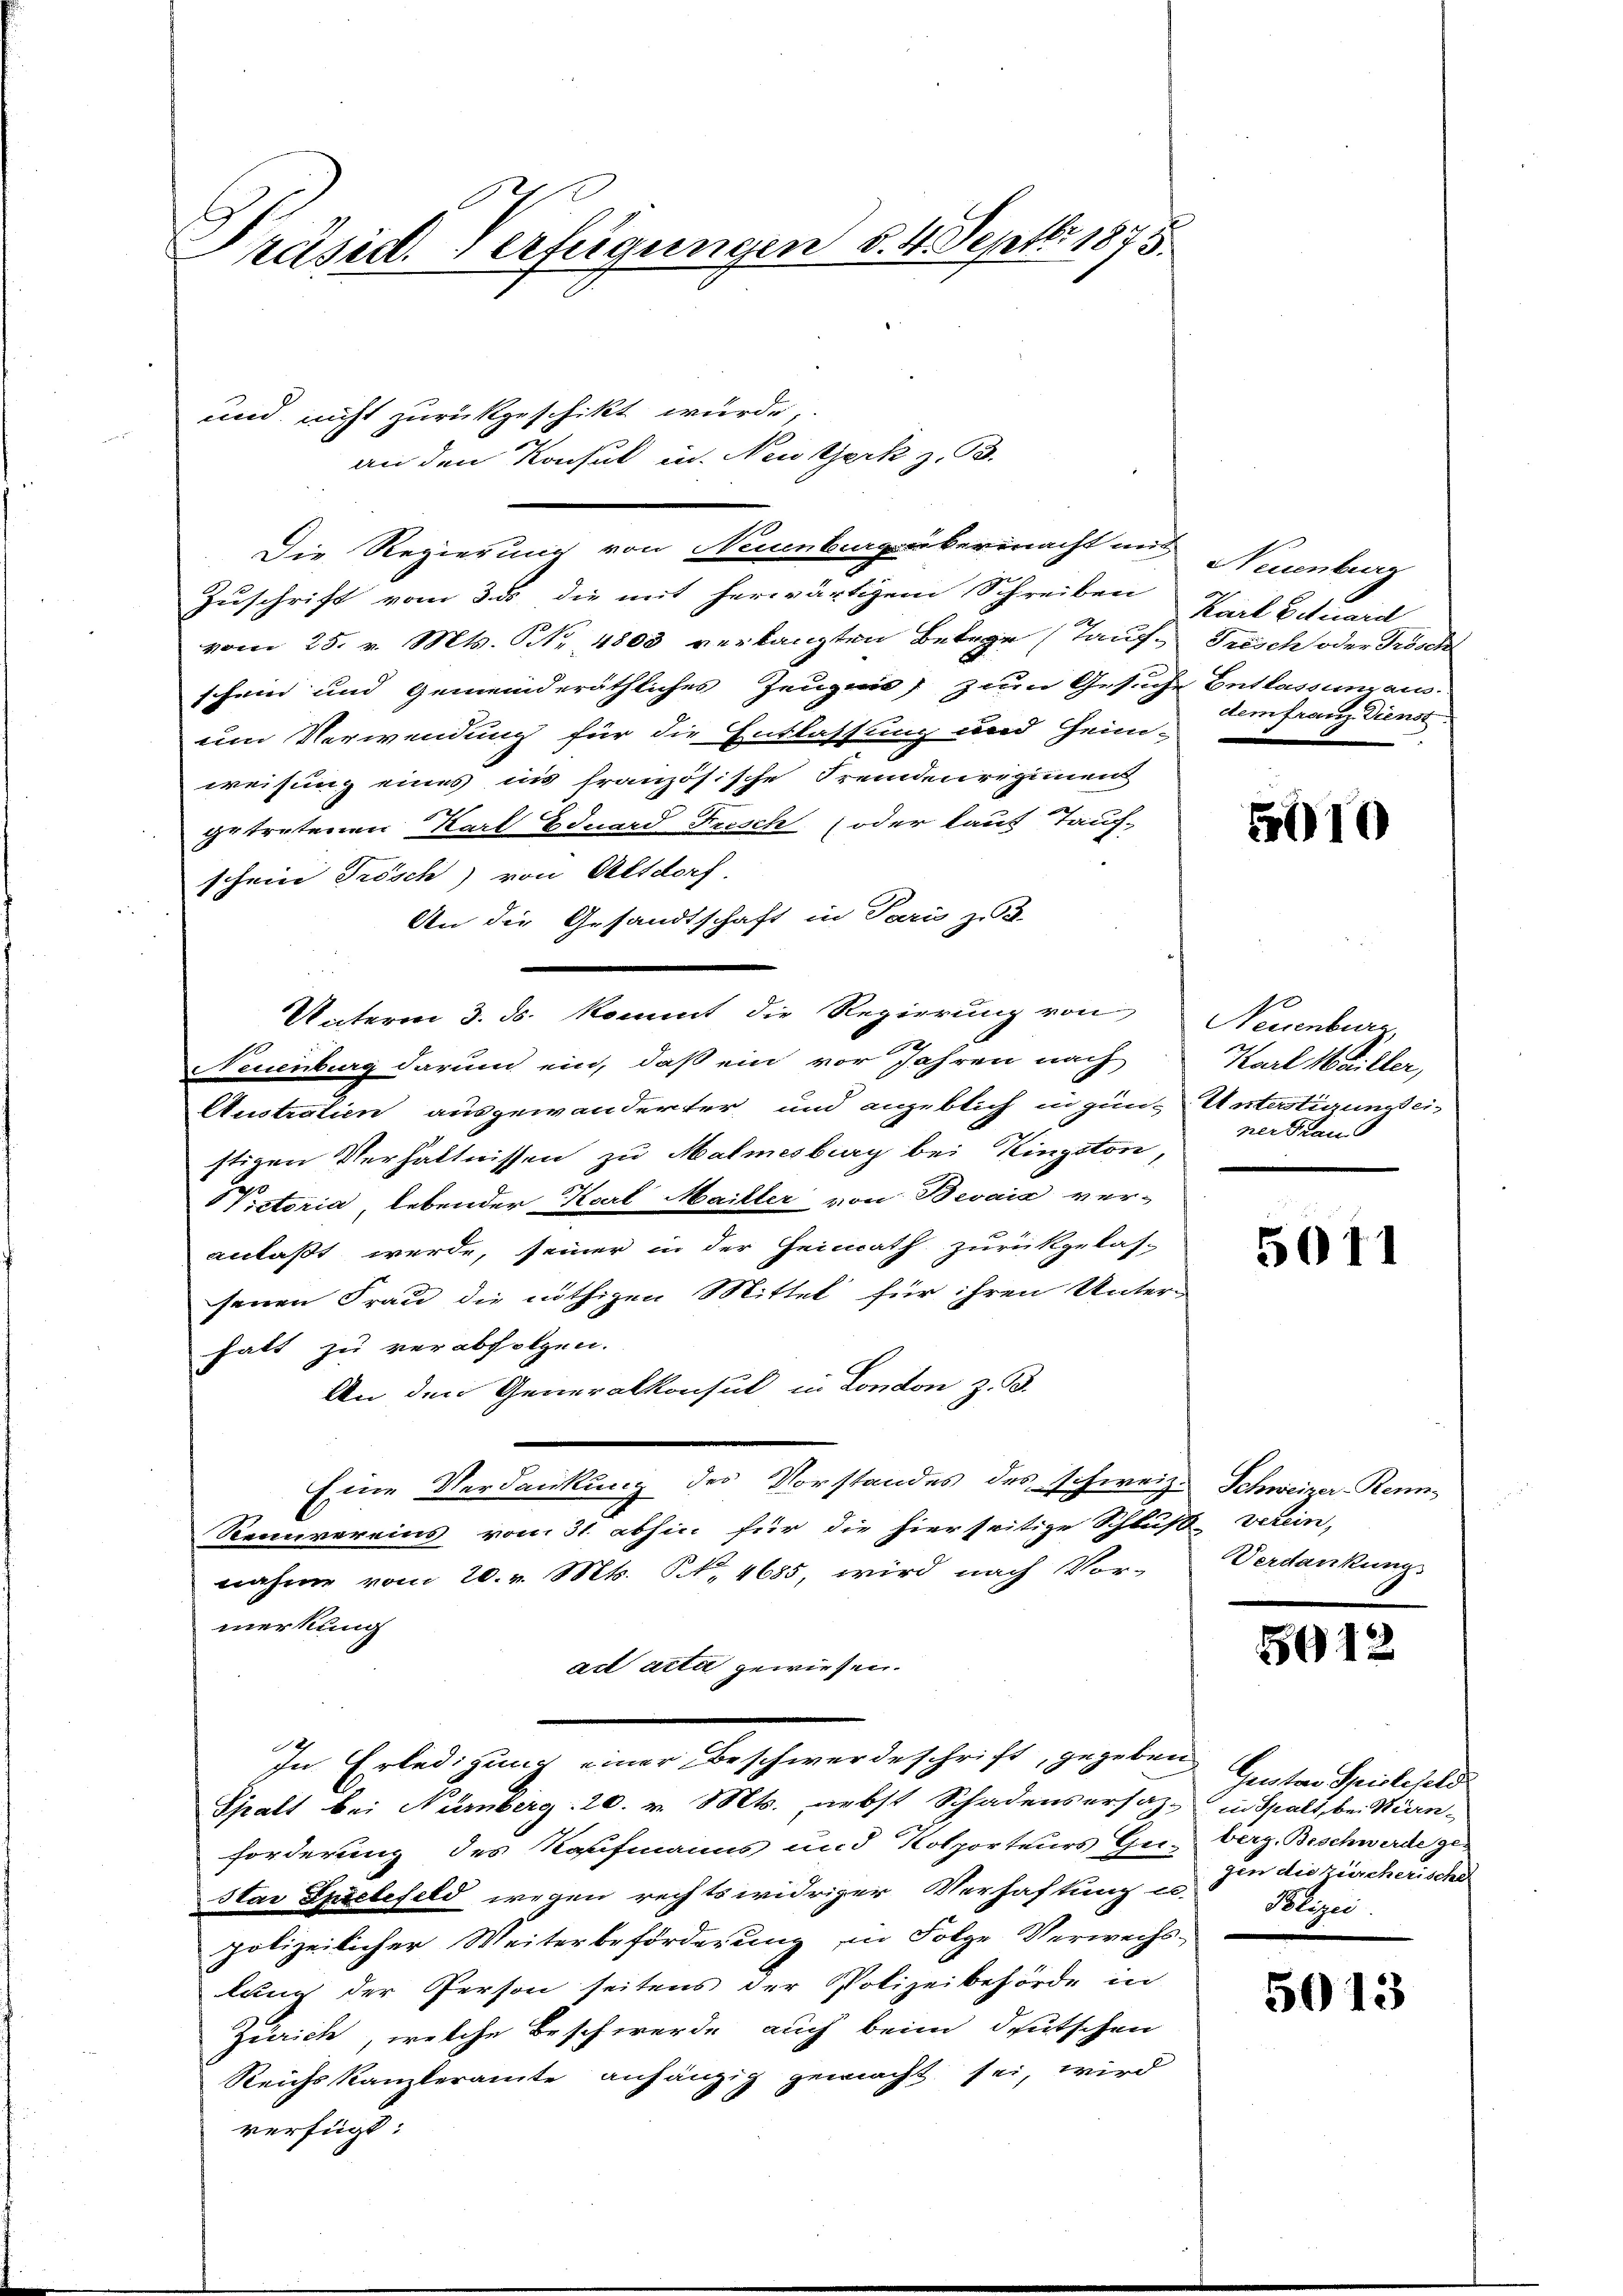
Präsid. Verfügungen §. 4. Septbr 1875.

an den Konsul in New York z. B.
Die Regierung von Neuenburg übermacht mit
Zuschrift vom dass die mit herwärtigem Schreiben
vom 25. v. Mts. NNo. 4800 verlangten Betrae (Tauf- Frisch oder Frösch
schein und Gemeinderäthliches Zeugens zum Gesuche Entlassung aus
um Verwendung für die Entlassung und Heim-
weisung eines ins französische Fremdenregiment
getretenen Karl Eduard Frisch oder laut Tauf-
schein Frisch) von Altdorf
An die Gesandtschaft in Paris zu
Unterm 3. ds. kommt die Regierung von Neuenburg,
22
Neuenburg darum ein, daß ein vor Jahren nach
Austration ausgewanderter, und angeblich in gün-
stigen Verhältnissen zu Malmesburg bei Kingston,
 Pistoria, lebender Karl Maitter von Bevaia ver-
anlaßt werde, seiner in der Heinrath zurückgelas-
senen Frau die nöthigen Mittel für ihren Unterhatt zu verabfolgen.
An den Generalkonsul in London z. B.
Eine Verdankung des Vorstandes des schweiz. Schweizer-Renn¬
Rennvereins vom 31. abhin für die hierseitige Schluft verein,
nahme vom 20. v. Mts. S. 4685, wird nach Vor-
merkung
act acta gewiesen.
In Erledigung einer Beschwerdeschrift, gegeben
Spalt bei Nürnberg: 20. v. Mts. nebst Schadensersaz, in Spalt, bei Kin-
forderung des Kaufmanns und Kolporteurs Gu-berg. Beschwerde ge-
Star Spielefeld wegen rechtswidriger Verhaftung u. Blizei-
polizeilicher Weiterbeförderung in Folge Verwechs-
lung der Person seitens der Polizeibehörde in
Zeirich, welche Beschwerde auch beim deutschen
Reichskanzleramte anhängig gemacht sei, wird
verfügt:

und nicht zurückgeschikt wurde,

Neuenburg
Karl Eduard
dem franz Dienst

5010

Karl Mariller,
Unterstirungseiner Trau

5071

Verdankung

G12

Genten Spielefeld
gen die zürcherische

5013